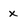
Character: x